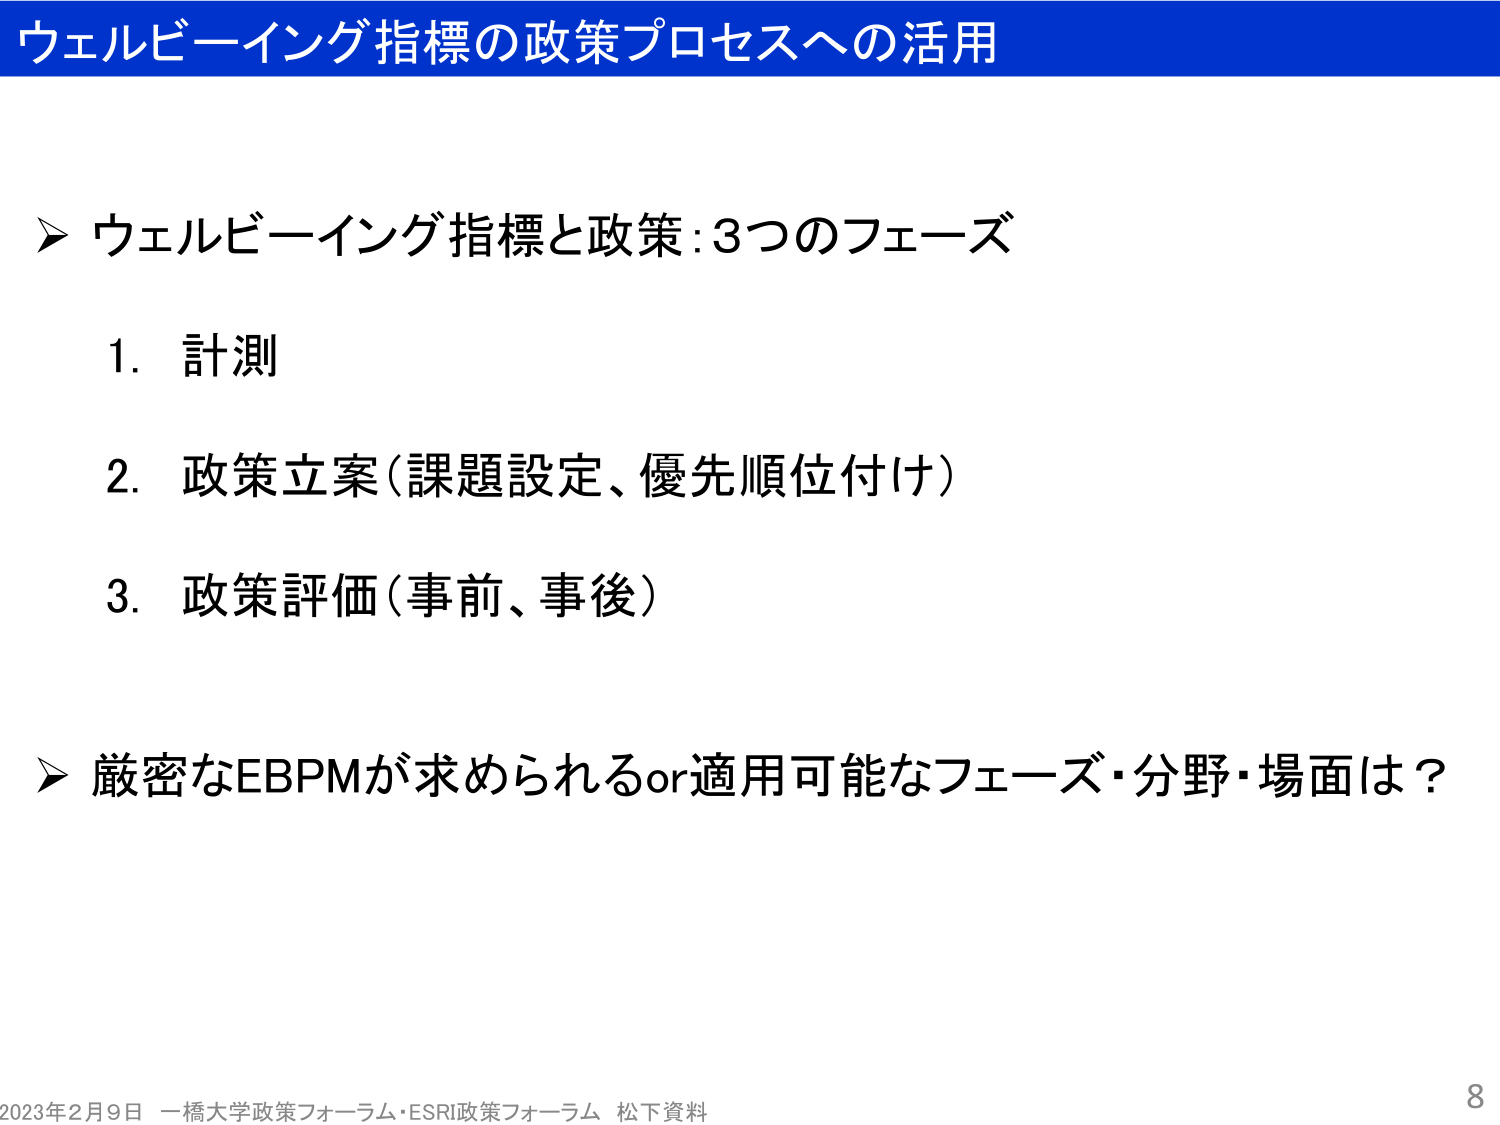
ウェルビーイング指標の政策プロセスへの活用

▶ ウェルビーイング指標と政策：3つのフェーズ

1. 計測

2. 政策立案（課題設定、優先順位付け）

3. 政策評価（事前、事後）

▶ 厳密なEBPMが求められるor適用可能なフェーズ・分野・場面は？

2023年2月9日 一橋大学政策フォーラム・ESRI政策フォーラム 松下資料

8